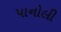
પાનોલી